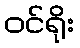
ဝင်ရိုး